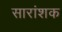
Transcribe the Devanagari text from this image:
सारांशक